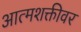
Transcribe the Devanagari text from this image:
आत्मशक्तीवर